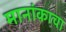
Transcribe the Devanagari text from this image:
मानांकाचा